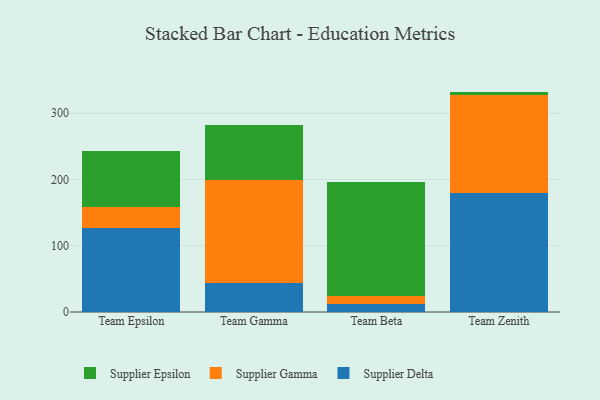
{"axis": {"x": "Team", "y": "Energy Usage (MWh)"}, "legend": ["Supplier Delta", "Supplier Epsilon", "Supplier Gamma"], "data": [{"x": "Team Epsilon", "y": 126.2, "type": "Supplier Delta"}, {"x": "Team Epsilon", "y": 32.6, "type": "Supplier Gamma"}, {"x": "Team Epsilon", "y": 83.6, "type": "Supplier Epsilon"}, {"x": "Team Gamma", "y": 43.7, "type": "Supplier Delta"}, {"x": "Team Gamma", "y": 155.7, "type": "Supplier Gamma"}, {"x": "Team Gamma", "y": 81.9, "type": "Supplier Epsilon"}, {"x": "Team Beta", "y": 12.7, "type": "Supplier Delta"}, {"x": "Team Beta", "y": 10.8, "type": "Supplier Gamma"}, {"x": "Team Beta", "y": 173.2, "type": "Supplier Epsilon"}, {"x": "Team Zenith", "y": 178.7, "type": "Supplier Delta"}, {"x": "Team Zenith", "y": 148.3, "type": "Supplier Gamma"}, {"x": "Team Zenith", "y": 5.3, "type": "Supplier Epsilon"}]}